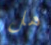
هل